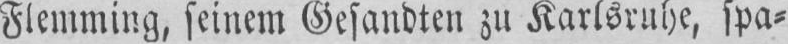
Flemming, seinem Gesandten zu Karlsruhe, spa⸗